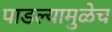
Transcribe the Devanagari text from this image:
पाडल्यामुळेच